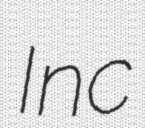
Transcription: Inc